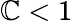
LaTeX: \mathbb{C}<1